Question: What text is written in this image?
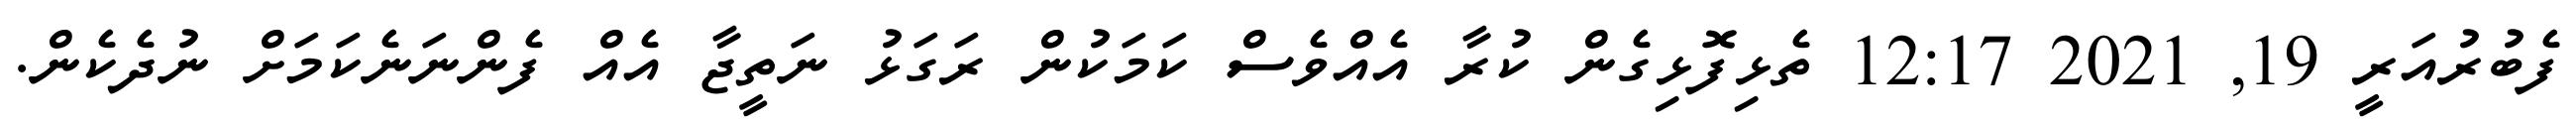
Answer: ފެބުރުއަރީ 19, 2021 12:17 ތެޅިފޮޅިގެން ކުރާ އެއްވެސް ކަމަކުން ރަގަޅު ނަތީޖާ އެއް ފެންނަނެކަމަށް ނުދެކެން.